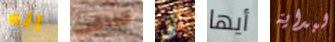
انه مندفعة التي أيها لبداية